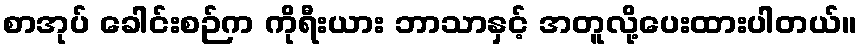
စာအုပ် ခေါင်းစဉ်က ကိုရီးယား ဘာသာနှင့် အတူလို့ပေးထားပါတယ်။